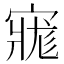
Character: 𡩽